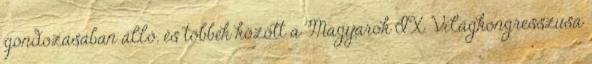
gondozásában álló, és többek között a Magyarok IX. Világkongresszusa